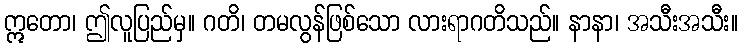
ဣတော၊ ဤလူပြည်မှ။ ဂတိ၊ တမလွန်ဖြစ်သော လားရာဂတိသည်။ နာနာ၊ အသီးအသီး။